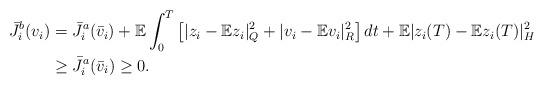
LaTeX: \begin{align*}\bar J_i^b(v_i) &= \bar J_i^a (\bar v_i) +{\mathbb E }\int_0^T \left[|z_i-{\mathbb E}z_i|_Q^2 +| v_i-{\mathbb E}v_i|_R^2\right] dt + {\mathbb E}|z_i(T)-{\mathbb E}z_i(T)|_H^2 \\ &\ge \bar J_i^a (\bar v_i)\ge 0.\end{align*}